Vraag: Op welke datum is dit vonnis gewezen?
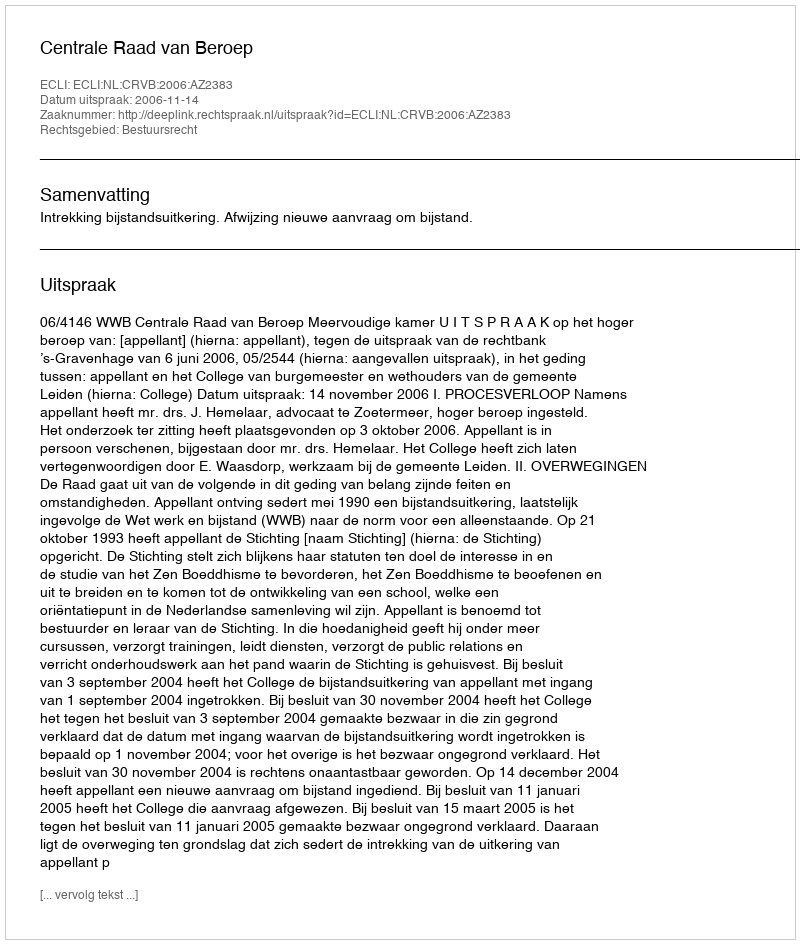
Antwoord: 2006-11-14